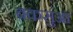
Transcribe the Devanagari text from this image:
बकसुआ